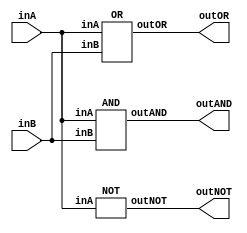
/* CSED273 lab1 experiment 2_iv */
/* lab1_2_iv.v */


module lab1_2_iv(outAND, outOR, outNOT, inA, inB);
	output wire outAND, outOR, outNOT;
	input wire inA, inB;

	AND _AND(outAND, inA, inB);
	OR _OR(outOR, inA, inB);
	NOT _NOT(outNOT, inA);
endmodule


/* Implement AND, OR, and NOT modules with {NOR}
 * You are only allowed to wire modules below
 * i.e.) No and, or, not, etc. Only nor, AND, OR, NOT are available*/
module AND(outAND, inA, inB);
	output wire outAND;
	input wire inA, inB;

	////////////////////////
	wire notA, notB;
	nor(notA, inA, inA);
	nor(notB, inB, inB);
	nor(outAND, notA, notB);
	////////////////////////

endmodule

module OR(outOR, inA, inB);
	output wire outOR;
	input wire inA, inB;

	////////////////////////
	wire norAB;
	nor(norAB, inA, inB);
	nor(outOR, norAB, norAB);
	////////////////////////

endmodule

module NOT(outNOT, inA);
	output wire outNOT;
	input wire inA;

	////////////////////////
	nor(outNOT, inA, inA);
	////////////////////////

endmodule